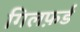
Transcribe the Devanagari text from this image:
गिलफ़र्ड